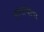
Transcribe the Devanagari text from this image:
तापाचीच